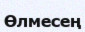
Өлмесең